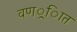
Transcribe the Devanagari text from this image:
वणर््िात